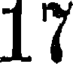
17